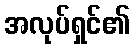
အလုပ်ရှင်၏